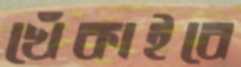
খেঁকাইবে